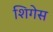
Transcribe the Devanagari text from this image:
शिगेस